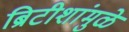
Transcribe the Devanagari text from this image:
ब्रिटीशांमुळे